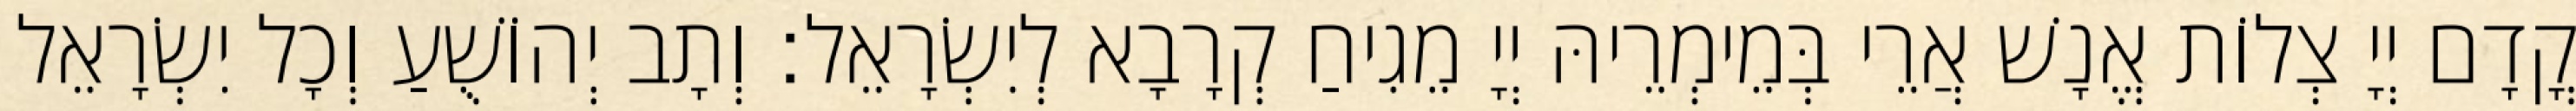
קֳדָם יְיָ צְלוֹת אֱנָשׁ אֲרֵי בְּמֵימְרֵיהּ יְיָ מֵגִיחַ קְרָבָא לְיִשְׂרָאֵל׃ וְתָב יְהוֹשֻׁעַ וְכָל יִשְׂרָאֵל